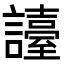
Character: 𧭏